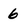
Character: 6